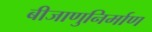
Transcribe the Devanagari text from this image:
बीजाणुनिर्माण